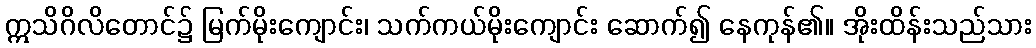
ဣသိဂိလိတောင်၌ မြက်မိုးကျောင်း၊ သက်ကယ်မိုးကျောင်း ဆောက်၍ နေကုန်၏။ အိုးထိန်းသည်သား